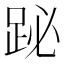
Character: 䟤